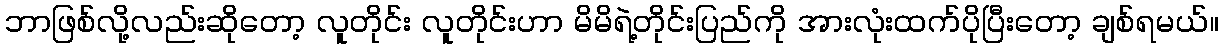
ဘာဖြစ်လို့လည်းဆိုတော့ လူတိုင်း လူတိုင်းဟာ မိမိရဲ့တိုင်းပြည်ကို အားလုံးထက်ပိုပြီးတော့ ချစ်ရမယ်။